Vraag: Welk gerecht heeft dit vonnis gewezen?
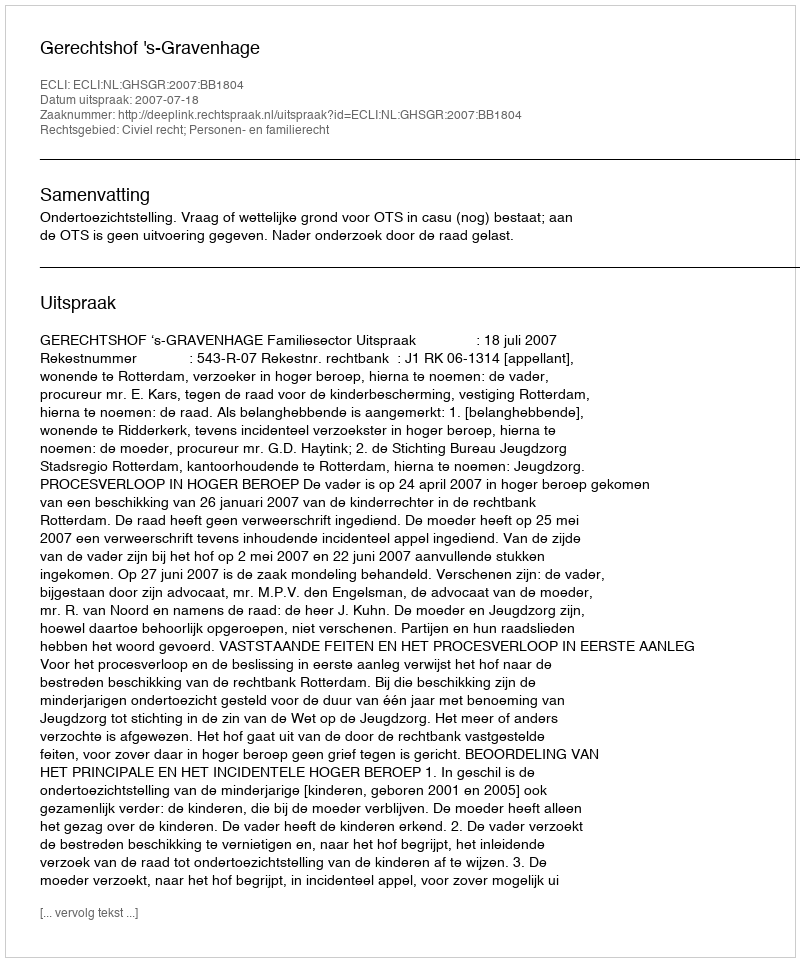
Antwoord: Gerechtshof 's-Gravenhage